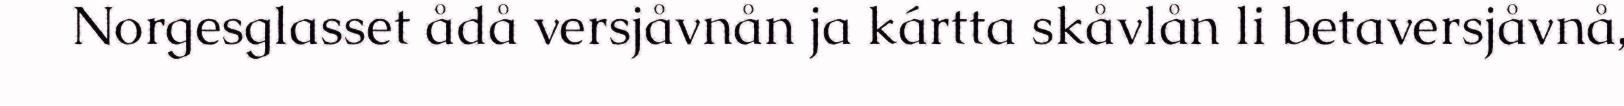
Norgesglasset ådå versjåvnån ja kártta skåvlån li betaversjåvnå,